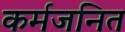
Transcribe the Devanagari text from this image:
कर्मजनित